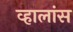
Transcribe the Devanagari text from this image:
व्हालांस